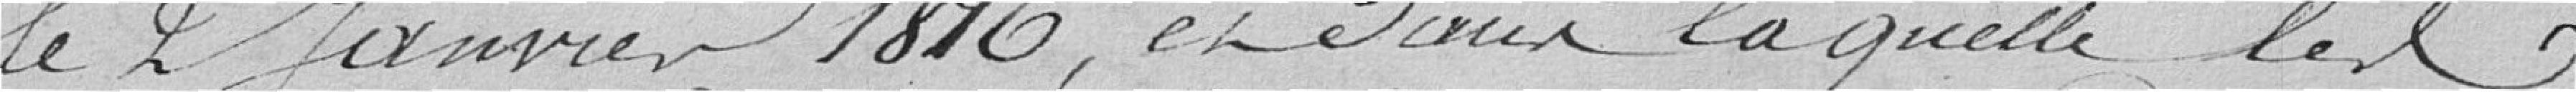
le 2 janvier 1816, et dans laquelle le ...